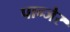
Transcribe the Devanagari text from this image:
पान्जेर